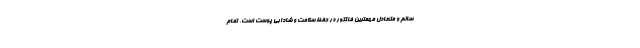
سالم و متعادل مهمترین فاکتور در حفظ سلامت و شادابی پوست است. تمام